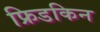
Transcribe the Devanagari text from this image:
फ्रिडकिन